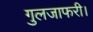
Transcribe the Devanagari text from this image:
गुलजाफरी।